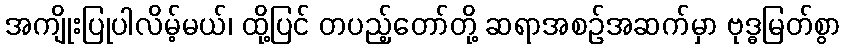
အကျိုးပြုပါလိမ့်မယ်၊ ထို့ပြင် တပည့်တော်တို့ ဆရာအစဉ်အဆက်မှာ ဗုဒ္ဓမြတ်စွာ